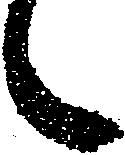
候